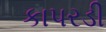
કાપરડી